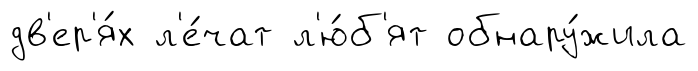
дв'ер'я́х л'е́чат л'ю́б'ят обнару́жила